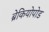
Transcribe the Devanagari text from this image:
ब्रेकियोपोड